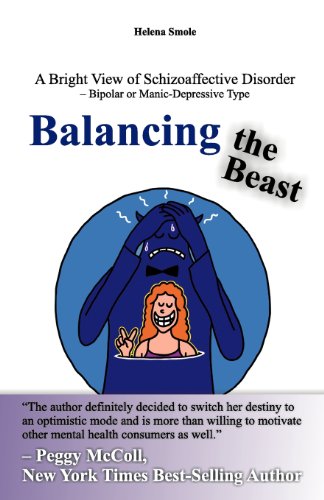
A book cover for Balancing the Beast: A Bright View of Schizoaffective Disorder EE Bipolar or Manic-Depressive Type; Helena Smole; Health, Fitness & Dieting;